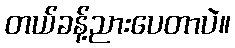
တယ်ခန့်ညားပေတာပဲ။